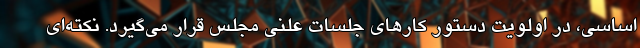
اساسی، در اولویت دستور کارهای جلسات علنی مجلس قرار می‌گیرد. نکته‌ای